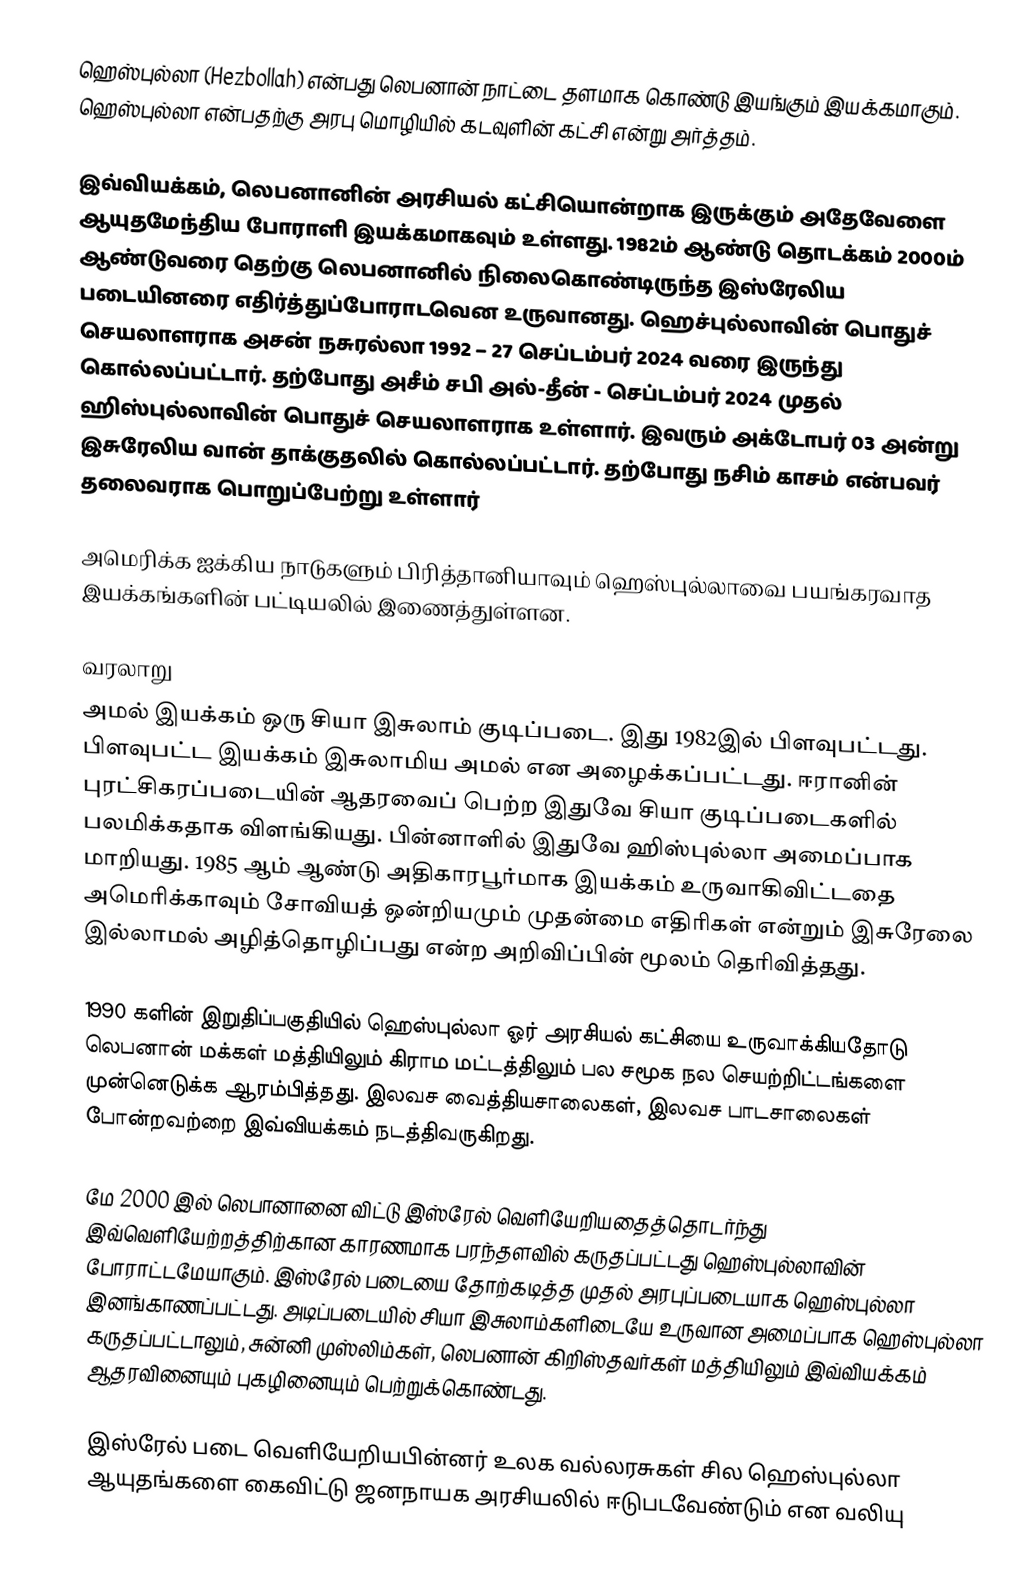
ஹெஸ்புல்லா (Hezbollah) என்பது லெபனான் நாட்டை தளமாக கொண்டு இயங்கும் இயக்கமாகும்.  ஹெஸ்புல்லா என்பதற்கு அரபு மொழியில் கடவுளின் கட்சி என்று அர்த்தம்.

இவ்வியக்கம், லெபனானின் அரசியல் கட்சியொன்றாக இருக்கும் அதேவேளை ஆயுதமேந்திய போராளி இயக்கமாகவும் உள்ளது. 1982ம் ஆண்டு தொடக்கம் 2000ம் ஆண்டுவரை தெற்கு லெபனானில் நிலைகொண்டிருந்த இஸ்ரேலிய படையினரை எதிர்த்துப்போராடவென உருவானது. ஹெச்புல்லாவின் பொதுச் செயலாளராக அசன் நசுரல்லா 1992 – 27 செப்டம்பர் 2024 வரை இருந்து கொல்லப்பட்டார். தற்போது  அசீம் சபி அல்-தீன் - செப்டம்பர் 2024  முதல் ஹிஸ்புல்லாவின் பொதுச் செயலாளராக உள்ளார். இவரும் அக்டோபர் 03 அன்று இசுரேலிய வான் தாக்குதலில் கொல்லப்பட்டார். தற்போது நசிம் காசம் என்பவர் தலைவராக பொறுப்பேற்று உள்ளார்

அமெரிக்க ஐக்கிய நாடுகளும் பிரித்தானியாவும் ஹெஸ்புல்லாவை பயங்கரவாத இயக்கங்களின் பட்டியலில் இணைத்துள்ளன.

வரலாறு
அமல் இயக்கம் ஒரு சியா இசுலாம் குடிப்படை. இது 1982இல் பிளவுபட்டது. பிளவுபட்ட இயக்கம் இசுலாமிய அமல் என அழைக்கப்பட்டது. ஈரானின் புரட்சிகரப்படையின் ஆதரவைப் பெற்ற இதுவே சியா குடிப்படைகளில் பலமிக்கதாக விளங்கியது. பின்னாளில் இதுவே ஹிஸ்புல்லா அமைப்பாக மாறியது. 1985 ஆம் ஆண்டு அதிகாரபூர்மாக இயக்கம் உருவாகிவிட்டதை அமெரிக்காவும் சோவியத் ஒன்றியமும் முதன்மை எதிரிகள் என்றும் இசுரேலை இல்லாமல் அழித்தொழிப்பது என்ற அறிவிப்பின் மூலம் தெரிவித்தது.

1990 களின் இறுதிப்பகுதியில் ஹெஸ்புல்லா ஓர் அரசியல் கட்சியை உருவாக்கியதோடு லெபனான் மக்கள் மத்தியிலும் கிராம மட்டத்திலும் பல சமூக நல செயற்றிட்டங்களை முன்னெடுக்க ஆரம்பித்தது. இலவச வைத்தியசாலைகள், இலவச பாடசாலைகள் போன்றவற்றை இவ்வியக்கம் நடத்திவருகிறது.

மே 2000 இல் லெபானானை விட்டு இஸ்ரேல் வெளியேறியதைத்தொடர்ந்து இவ்வெளியேற்றத்திற்கான காரணமாக பரந்தளவில் கருதப்பட்டது ஹெஸ்புல்லாவின் போராட்டமேயாகும். இஸ்ரேல் படையை தோற்கடித்த முதல் அரபுப்படையாக ஹெஸ்புல்லா இனங்காணப்பட்டது. அடிப்படையில் சியா இசுலாம்களிடையே உருவான அமைப்பாக ஹெஸ்புல்லா கருதப்பட்டாலும், சுன்னி முஸ்லிம்கள், லெபனான் கிறிஸ்தவர்கள் மத்தியிலும் இவ்வியக்கம் ஆதரவினையும் புகழினையும் பெற்றுக்கொண்டது.

இஸ்ரேல் படை வெளியேறியபின்னர் உலக வல்லரசுகள் சில ஹெஸ்புல்லா ஆயுதங்களை கைவிட்டு ஜனநாயக அரசியலில் ஈடுபடவேண்டும் என வலியு